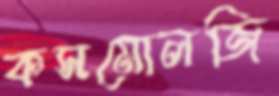
কসমোলজি